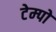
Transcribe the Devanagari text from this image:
टेम्‍पो